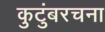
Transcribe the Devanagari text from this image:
कुटुंबरचना